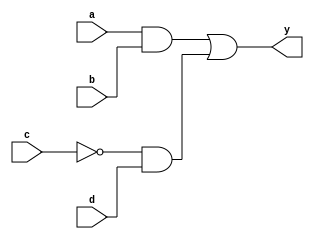
module combinational_logic(
    input wire a,       // First input signal
    input wire b,       // Second input signal
    input wire c,       // Third input signal
    input wire d,       // Fourth input signal
    output reg y        // Output signal
);

// Behavioral block using the @(*) sensitivity list
always @(*) begin
    // Perform logical operations
    y = (a & b) | (~c & d); // Example logic: y is true if (a AND b) OR (NOT c AND d)
end

endmodule